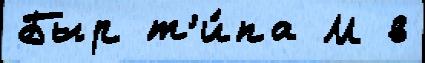
Быр т'и́па М в